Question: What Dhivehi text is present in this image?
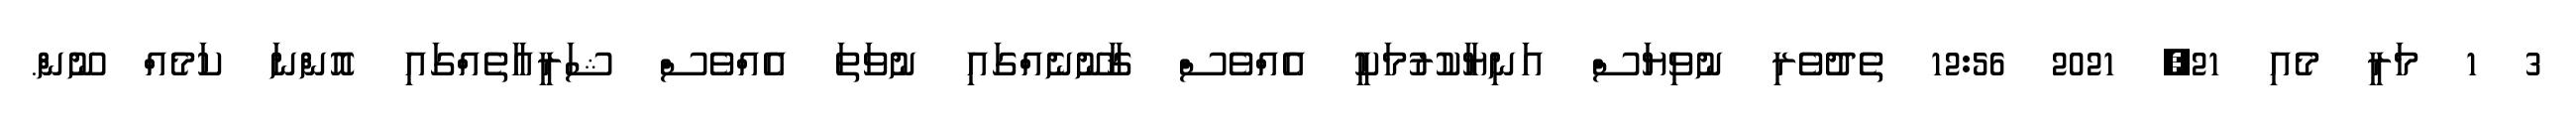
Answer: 3 1 މަރީ މެއި 21, 2021 12:56 ތެދުވެރި ނުވިޔަސް އަނިޔާކުރުމަކީ އެއްވެސް ޤާނޫނެއްގައި ނުވަތަ އެއްވެސް ޝަރީޢާތެއްގައި އޮންނަ ކަމެއް ނޫން.